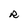
Character: R